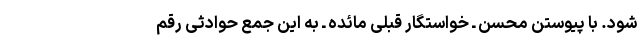
شود. با پیوستن محسن ـ خواستگار قبلی مائده ـ به این جمع حوادثی رقم